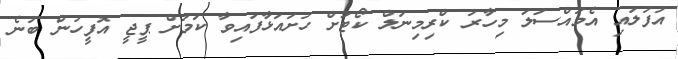
އުފުލައި އެމައްސަލަ މިހާރު ކްރިމިނަލް ކޯޓަށް ހުށައަޅާފައިވާ ކަމަށް ޕީޖީ އޮފީހުން ބުނެ